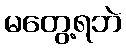
မတွေ့ရဘဲ